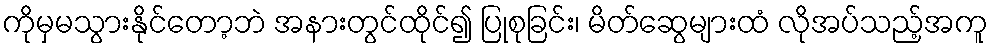
ကိုမှမသွားနိုင်တော့ဘဲ အနားတွင်ထိုင်၍ ပြုစုခြင်း၊ မိတ်ဆွေများထံ လိုအပ်သည့်အကူ